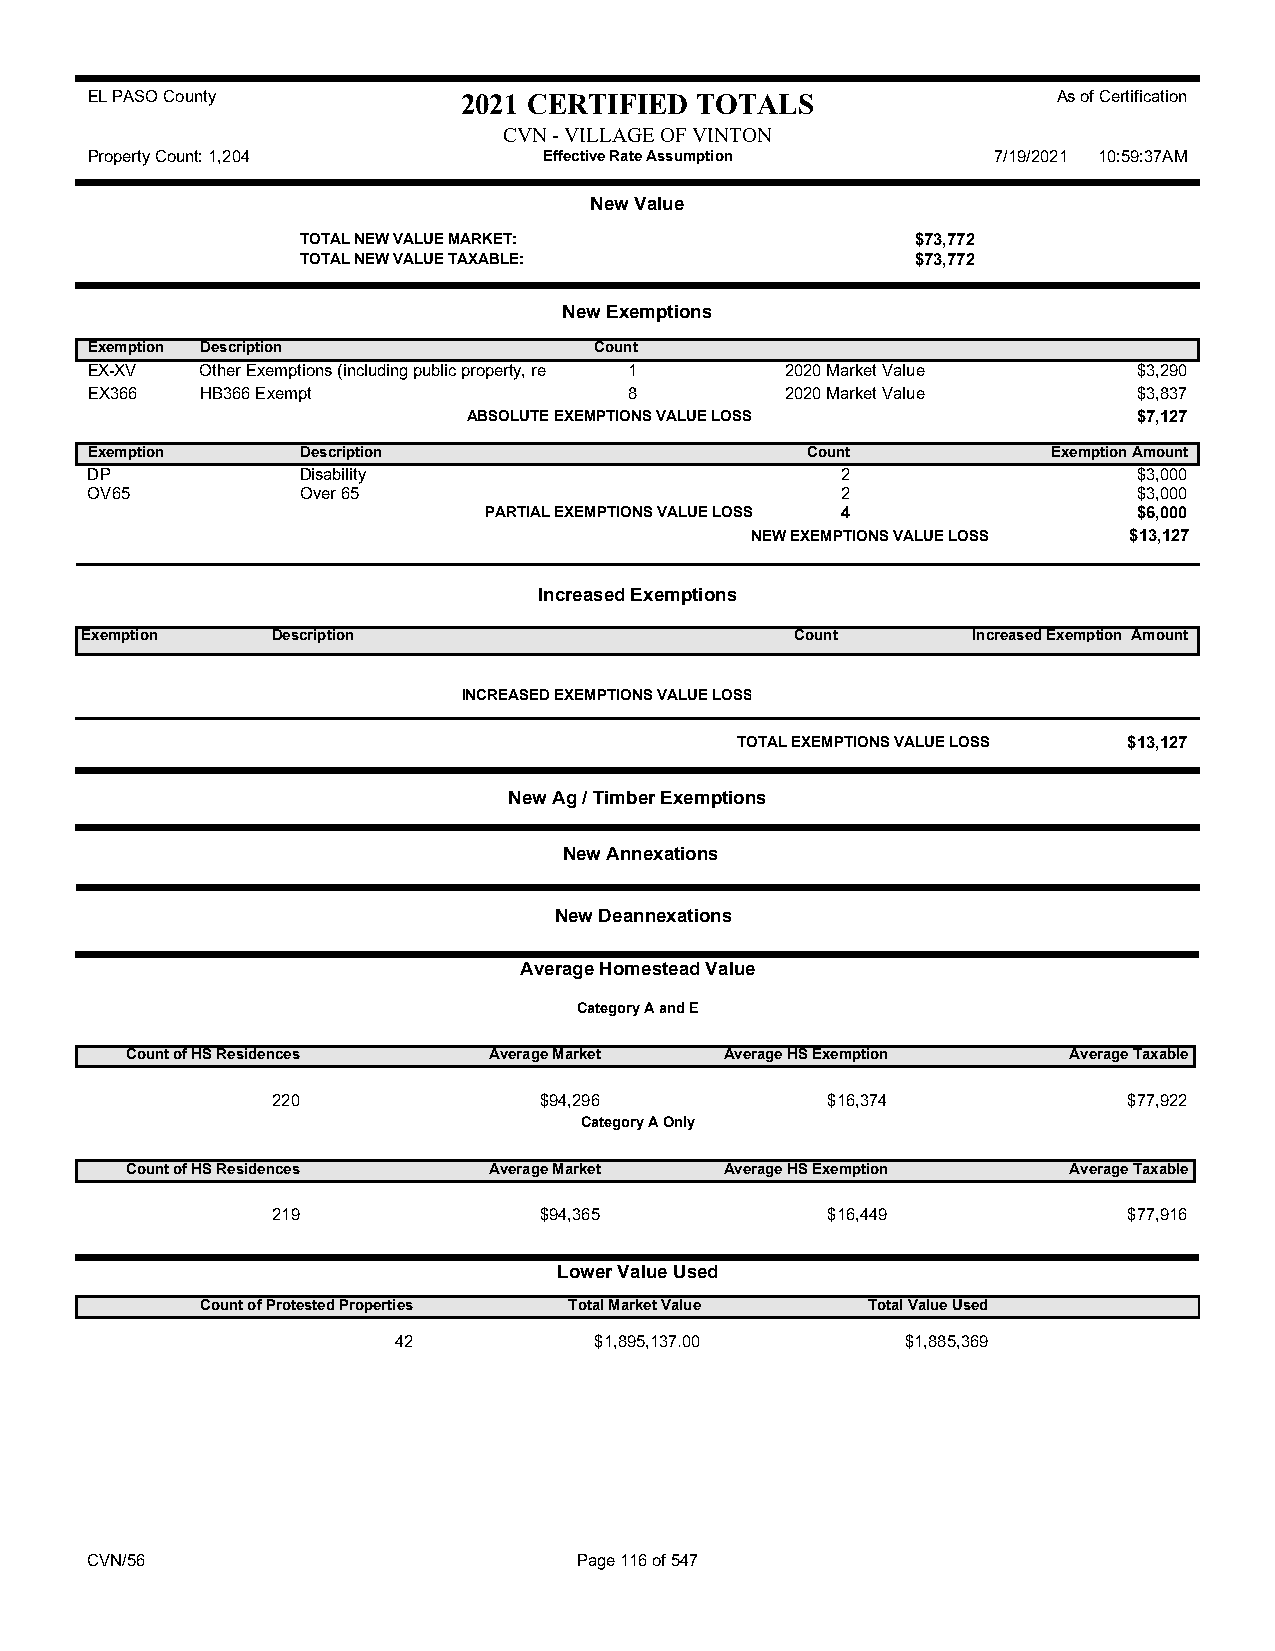
EL PASO County           2021 CERTIFIED TOTALS                  As of Certification
 CVN - VILLAGE OF VINTON
 Property Count: 1,204         Effective Rate Assumption     7/19/2021 10:59:37AM
 New Value
 TOTAL NEW VALUE MARKET:                  $73,772
 TOTAL NEW VALUE TAXABLE:                 $73,772
 New Exemptions
 Exemption Description            Count
 EX-XV  Other Exemptions (including public property, re 1 2020 Market Value $3,290
 EX366  HB366 Exempt                 8         2020 Market Value      $3,837
 ABSOLUTE EXEMPTIONS VALUE LOSS              $7,127
 Exemption     Description                      Count            Exemption Amount
 DP            Disability                          2                  $3,000
 OV65          Over 65                             2                  $3,000
 PARTIAL EXEMPTIONS VALUE LOSS 4            $6,000
 NEW EXEMPTIONS VALUE LOSS $13,127
 Increased Exemptions
 Exemption    Description                        Count      Increased Exemption Amount
 INCREASED EXEMPTIONS VALUE LOSS
 TOTAL EXEMPTIONS VALUE LOSS $13,127
 New Ag / Timber Exemptions
 New Annexations
 New Deannexations
 Average Homestead Value
 Category A and E
 Count of HS Residences  Average Market  Average HS Exemption   Average Taxable
 220               $94,296            $16,374             $77,922
 Category A Only
 Count of HS Residences  Average Market  Average HS Exemption   Average Taxable
 219               $94,365            $16,449             $77,916
 Lower Value Used
 Count of Protested Properties Total Market Value Total Value Used
 42           $1,895,137.00        $1,885,369
 CVN/56                          Page 116 of 547